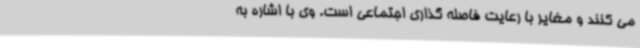
می کنند و مغایر با رعایت فاصله گذاری اجتماعی است. وی با اشاره به